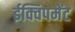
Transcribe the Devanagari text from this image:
ईक्विपमेंट